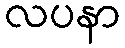
လပနာ